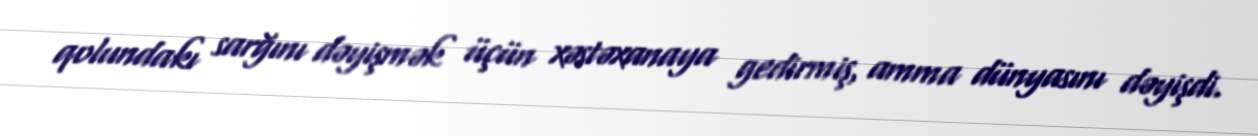
qolundakı sarğını dəyişmək üçün xəstəxanaya gedirmiş, amma dünyasını dəyişdi.